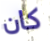
كان